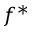
f ^ { * }